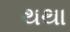
થથા